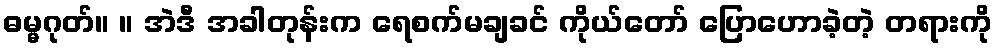
ဓမ္မဂုတ်။ ။ အဲဒီ အခါတုန်းက ရေစက်မချခင် ကိုယ်တော် ပြောဟောခဲ့တဲ့ တရားကို